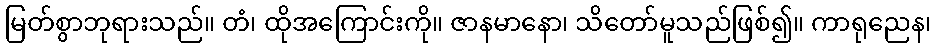
မြတ်စွာဘုရားသည်။ တံ၊ ထိုအကြောင်းကို။ ဇာနမာနော၊ သိတော်မူသည်ဖြစ်၍။ ကာရုညေန၊